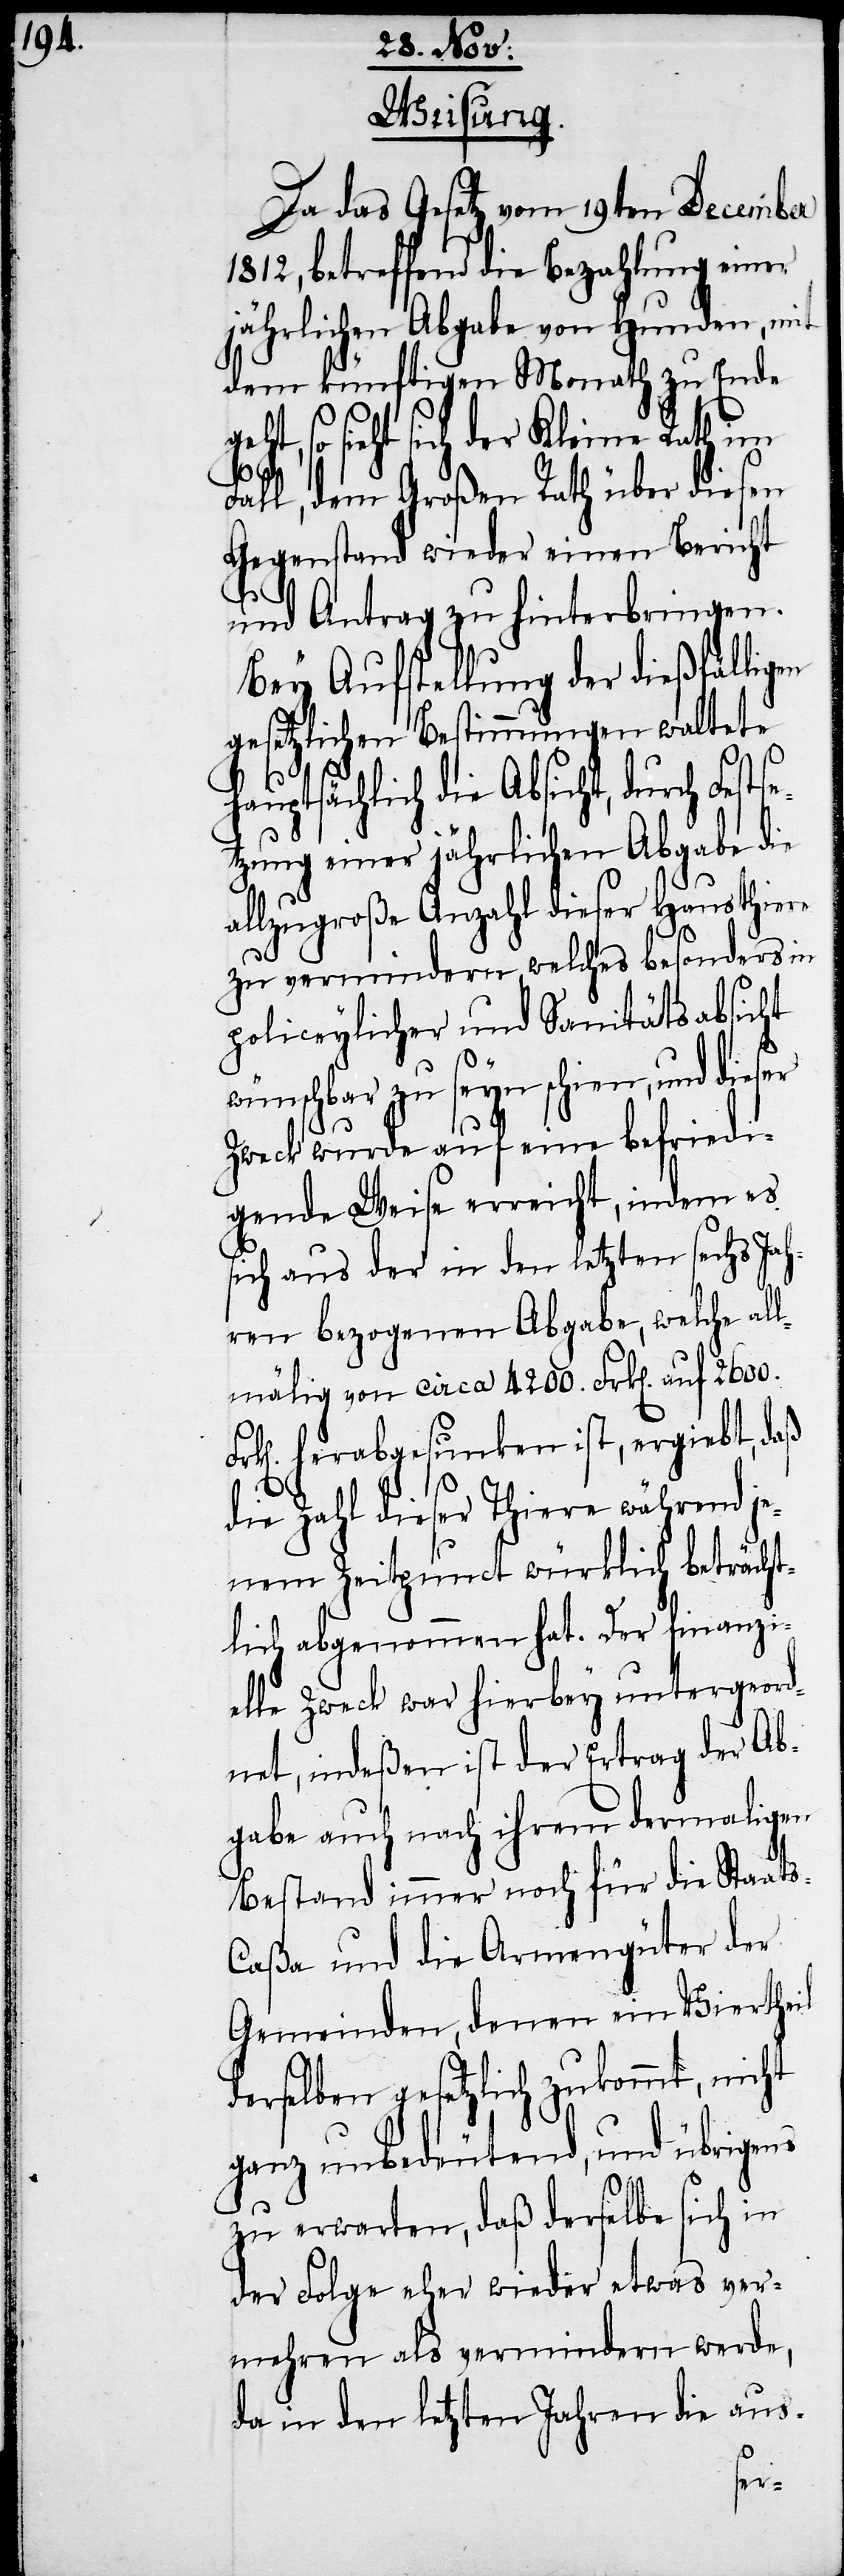
Weisung.
Da das Gesetz vom 19ten December
1812, betreffend die Bezahlung einer
jährlichen Abgabe von Hunden, mit
dem künftigen Monath zu Ende
geht, so sieht sich der Kleine Rath im
Fall, dem Großen Rath über diesen
Gegenstand wieder einen Bericht
und Antrag zu hinterbringen.
Bey Aufstellung der dießfälligen
gesetzlichen Bestimmungen waltete
hauptsächlich die Absicht, durch Fest¬
tzung einer jährlichen Abgabe die
allzugroße Anzahl dieser Hausthiere
zu vermindern, welches besonders in
policeylicher und Sanitätsabsicht
wünschbar zu seyn schien, und dieser
Zweck wurde auf eine befriedi¬
gende Weise erreicht, indem es
sich aus der in den letzten sechs Jah¬
ren bezogenen Abgabe, welche all¬
mälig von circa 4200. Frk[en]. auf 2600.
herabgesunken ist, ergiebt, daß
die Zahl dieser Thiere während je¬
nem Zeitpunct würklich beträcht¬
lich abgenommen hat. Der finanzi¬
elle Zweck war hierbey untergeord¬
net, indeßen ist der Ertrag der Ab¬
gabe auch nach ihrem dermaligen
Bestand immer noch für die Staat¬
aßa und die Armengüter der
Gemeinden, denen ein Viertheil
derselben gesetzlich zukommt, nicht
ganz unbedeutend, und übrigens
zu erwarten, daß derselbe sich in
der Folge eher wieder etwas ver¬
mehren als vermindern werde,
da in den letzten Jahren die aus-
s-C¬